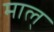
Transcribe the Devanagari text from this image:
माल्